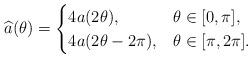
LaTeX: \begin{align*}\widehat a(\theta)=\begin{cases} 4a(2\theta),&\theta\in[0,\pi],\\ 4a(2\theta-2\pi),&\theta\in[\pi,2\pi].\end{cases}\end{align*}